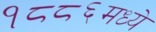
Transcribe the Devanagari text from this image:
१८८६मध्ये